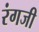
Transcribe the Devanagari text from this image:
रंगजी